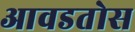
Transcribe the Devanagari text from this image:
आवडतोस